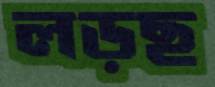
লড়ছ